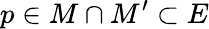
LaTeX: p\in M\cap M^{\prime}\subset E